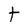
Character: t